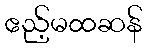
ဧည့်မထဆန်